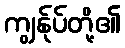
ကျွန်ုပ်တို့၏